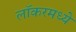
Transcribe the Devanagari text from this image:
लॉकरमध्ये